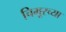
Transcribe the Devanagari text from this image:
चिमूरच्या